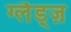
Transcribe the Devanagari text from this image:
ग्लैड्ज़